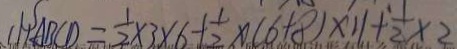
( 1 ) A B C D = \frac { 1 } { 2 } \times 3 \times 6 + \frac { 1 } { 2 } \times ( 6 + 8 ) \times 1 1 + \frac { 1 } { 2 } \times 2